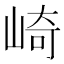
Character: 崎